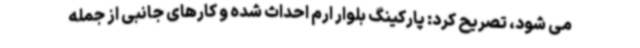
می شود، تصریح کرد: پارکینگ بلوار ارم احداث شده و کارهای جانبی از جمله